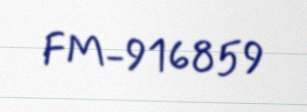
FM-916859